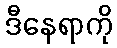
ဒီနေရာကို